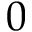
0